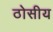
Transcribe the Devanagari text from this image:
ठोसीय